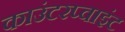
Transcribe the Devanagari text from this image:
काउंटरप्वाइंट